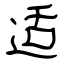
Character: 适